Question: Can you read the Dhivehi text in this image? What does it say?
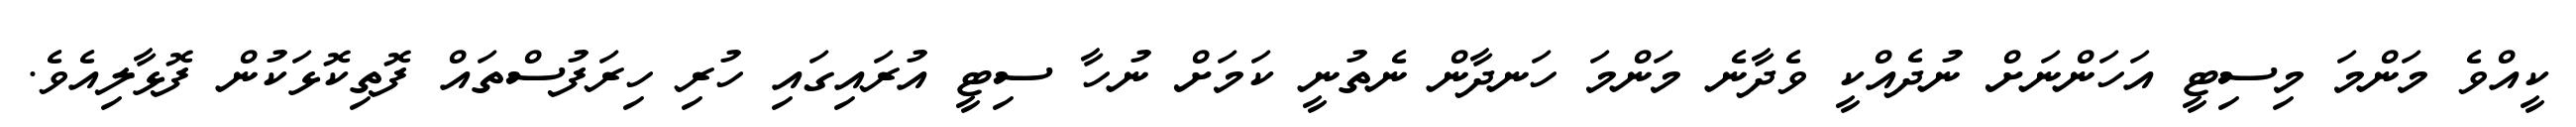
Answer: ކީއްވެ މަންމަ މިސިޓީ އަހަންނަށް ނުދެއްކީ ވެދާނެ މަންމަ ހަނދާން ނެތުނީ ކަމަށް ނުހާ ސިޓީ އުރައިގައި ހުރި ހިރަފުސްތައް ފޮތިކޮޅަކުން ފޮޅާލިއެވެ.